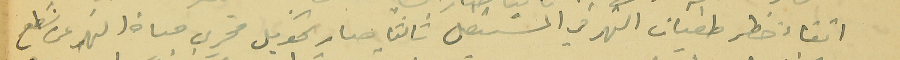
اتقاء خطر طفيان النهر في المسَتقبل ثالثاً صار تحويل مجرى قناة النهر عن سَطح